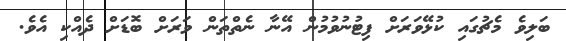
ބަލިވެ މެޗުގައި ކުޅޭވަރަށް ފިޓުނުވުމުން އޭނާ ނެތްތަން ވަރަށް ބޮޑަށް ދެއްކި އެވެ.